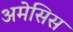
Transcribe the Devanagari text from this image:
अमेसिस